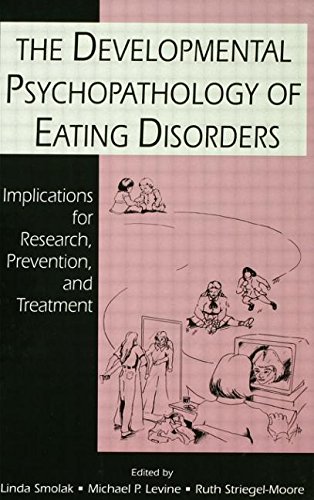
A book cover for The Developmental Psychopathology of Eating Disorders: Implications for Research, Prevention, and Treatment; Health, Fitness & Dieting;